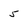
Character: 5